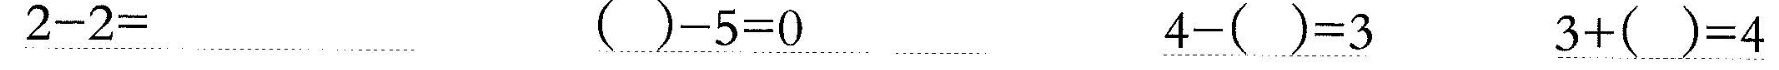
\underline{$$2 - 2 =$$} \underline{$$( ) - 5 = 0$$} \underline{$$4 - ( ) = 3$$} \underline{$$3 + ( ) = 4$$}